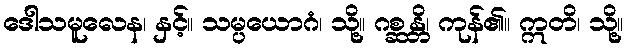
ဒေါသမူလေန၊ နှင့်။ သမ္ပယောဂံ၊ သို့။ ဂစ္ဆန္တိ၊ ကုန်၏။ ဣတိ၊ သို့။